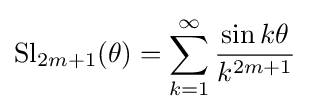
\operatorname {Sl} _{2m+1}(\theta )=\sum _{k=1}^{\infty }{\frac {\sin k\theta }{k^{2m+1}}}